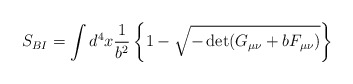
\begin{align*}S_{BI}=\int d^{4}x\frac{1}{b^{2}}\left\{ 1-\sqrt{-\det (G_{\mu \nu}+bF_{\mu \nu })}\right\} \, \end{align*}